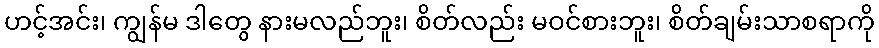
ဟင့်အင်း၊ ကျွန်မ ဒါတွေ နားမလည်ဘူး၊ စိတ်လည်း မဝင်စားဘူး၊ စိတ်ချမ်းသာစရာကို